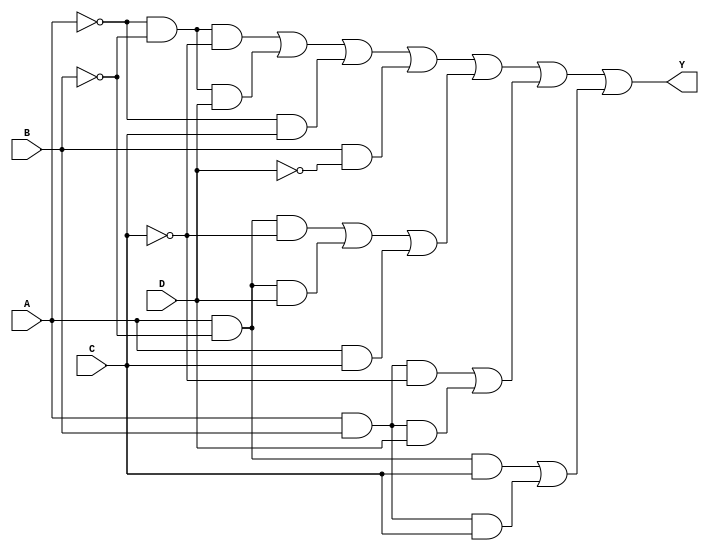
module combinational_logic_block (
    input wire A,  // Input variable A
    input wire B,  // Input variable B
    input wire C,  // Input variable C
    input wire D,  // Input variable D
    output wire Y  // Output of the logic function
);

// Internal signals for the essential prime implicants
wire p1, p2, p3, p4;

// Define the essential prime implicants based on the minterms
// Example: p1 = A'B'C' + A'B'D + A'C + B'D
assign p1 = (~A & ~B & ~C) | (~A & ~B & D) | (~A & C) | (B & ~D);
assign p2 = (A & ~B & ~C) | (A & ~B & D) | (A & C);
assign p3 = (A & B & ~C) | (A & B & D);
assign p4 = (A & ~B & C) | (A & B & C);

// Combine the essential prime implicants to form the final output
assign Y = p1 | p2 | p3 | p4;

endmodule